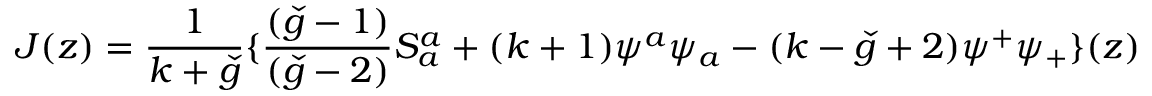
J ( z ) = \frac { 1 } { k + \check { g } } \{ \frac { ( \check { g } - 1 ) } { ( \check { g } - 2 ) } S _ { a } ^ { a } + ( k + 1 ) \psi ^ { a } \psi _ { a } - ( k - \check { g } + 2 ) \psi ^ { + } \psi _ { + } \} ( z )